Indian journal of veterinary science and animal husbandry - Volumes 15-17, 1948-1951
Year: 1948
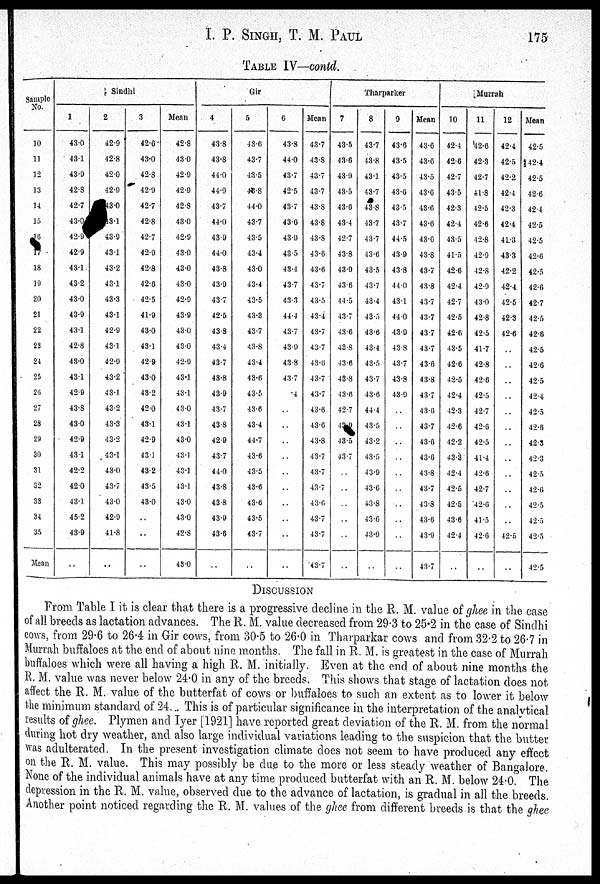
I. P. SINGH, T. M.
PAUL
175
TABLE IV—contd.
Sample
No.
10
11
12
13
14
15
16
17
18
19
20
21
22
23
24
25
26
27
28
29
30
31
32
33
34
35
Mean
Sindhi
1
43.0
43.1
43.9
42.8
42.7
43.0
42.9
42.9
43.1
43.2
43.0
43.9
43.1
42.8
43.0
43.1
42.9
43.8
43.0
42.9
43.1
42.2
42.0
43.1
45.2
43.9
..
2
42.9
42.8
42.0
42.9
43.0
43.1
43.9
43.1
43.2
43.1
43.3
48.1
42.9
43.1
42.9
43.2
43.1
43.2
43.3
43.2
43.1
43.0
43.7
43.0
42.9
41.8
..
3
42.6
43.0
42.8
42.9
42.7
42.8
42.7
42.9
42.8
42.6
42.5
41.9
43.0
43.1
42.9
43.0
43.2
42.0
43.1
42.9
43.1
43.2
43.5
43.0
..
..
..
Mean
42.8
43.0
42.9
42.9
42.8
43.0
42.9
43.0
43.0
43.0
42.9
43.9
43.0
43.0
42.9
43.1
43.1
43.0
43.1
43.0
43.1
43.1
43.1
43.0
43.0
42.8
43.0
Gir
4
43.8
43.8
44.0
44.9
43.7
44.0
43.9
44.0
43.8
43.9
43.7
42.5
43.8
43.4
43.7
43.8
43.9
43.7
43.8
42.9
43.7
44.0
43.8
43.8
43.9
43.6
..
5
43.6
43.7
43.5
43.8
44.0
43.7
43.5
43.4
43.0
43.4
43.5
43.3
43.7
43.8
43.4
43.6
43.5
43.6
43.4
44.7
43.6
43.5
43.6
43.6
43.5
43.7
..
6
43.8
44.0
43.7
42.5
43.7
43.6
43.9
43.5
43.4
43.7
43.3
44.4
43.7
43.9
43.8
43.7
.4
..
..
..
..
..
..
..
..
..
..
Mean
43.7
43.8
43.7
43.7
43.8
43.8
43.8
43.6
43.6
43.7
43.5
43.4
43.7
43.7
43.6
43.7
43.7
43.6
43.6
43.8
43.7
43.7
43.7
43.6
43.7
43.7
43.7
Tharparker
7
43.5
43.6
43.9
43.5
43.6
43.4
42.7
43.8
43.9
43.6
44.5
43.7
43.6
43.8
43.6
43.8
43.6
42.7
43.9
43.5
43.7
..
..
..
..
..
..
8
43.7
43.8
43.1
43.7
43.8
43.7
43.7
43.6
43.5
43.7
43.4
43.5
43.6
43.4
43.5
43.7
43.6
44.4
43.5
43.2
43.5
43.9
43.6
43.8
43.6
43.9
..
9
43.6
43.5
43.5
43.6
43.5
43.7
44.5
43.9
43.8
44.0
43.1
44.0
43.9
43.8
43.7
43.8
43.9
..
..
..
..
..
..
..
..
..
..
Mean
43.6
43.6
43.5
43.6
43.6
43.6
43.6
43.8
43.7
43.8
43.7
43.7
43.7
43.7
43.6
43.8
43.7
43.6
43.7
43.6
43.6
43.8
43.7
43.8
43.6
43.9
43.7
Murrah
10
42.4
42.6
42.7
43.5
42.3
42.4
43.5
41.5
42.6
42.4
42.7
42.5
42.6
43.5
42.6
42.5
42.4
42.3
42.6
42.2
43.3
42.4
42.5
42.5
43.6
42.4
..
11
42.6
42.3
42.7
41.8
42.5
42.6
42.8
42.9
42.8
42.9
43.0
42.8
42.5
41.7
42.8
42.6
42.5
42.7
42.6
42.5
41.4
42.6
42.7
42.6
41.5
42.6
..
12
42.4
42.5
42.2
42.4
42.3
42.4
41.3
43.3
42.2
42.4
42.5
42.3
42.6
..
..
..
..
..
..
..
..
..
..
..
..
42.5
..
Mean
42.5
42.4
42.5
42.6
42.4
42.5
42.5
42.6
42.5
42.6
42.7
42.5
42.6
42.5
42.6
42.5
42.4
42.5
42.6
42.3
42.3
42.5
42.6
42.5
42.5
42.5
42.5
DISCUSSION
From Table I it is clear that there is a progressive decline in the R. M. value of ghee in the case
of all breeds as lactation advances. The R. M. value decreased from 29.3 to 25.2 in the case of Sindhi
cows, from 29.6 to 26.4 in Gir cows, from 30.5 to 26.0 in Tharparkar cows and from 32.2 to 26.7 in
Murrah buffaloes at the end of about nine months. The fall in R. M. is greatest in the case of Murrah
buffaloes which were all having a high R. M. initially. Even at the end of about nine months the
R. M. value was never below 24.0 in any of the breeds. This shows that stage of lactation does not
affect the R. M. value of the butterfat of cows or buffaloes to such an extent as to lower it below
the minimum standard of 24. This is of particular significance in the interpretation of the analytical
results of ghee. Plymen and Iyer [1921] have reported great deviation of the R. M. from the normal
during hot dry weather, and also large individual variations leading to the suspicion that the butter
was adulterated. In the present investigation climate does not seem to have produced any effect
on the R. M. value. This may possibly be due to the more or less steady weather of Bangalore.
None of the individual animals have at any time produced butterfat with an E. M. below 24.0. The
depression in the R. M. value, observed due to the advance of lactation, is gradual in all the breeds.
Another point noticed regarding the R. M. values of the ghee from different breeds is that the ghee